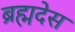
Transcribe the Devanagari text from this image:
ब्रह्मदेस